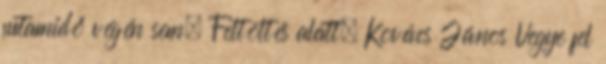
futamidő végén sem. Feltöltés alatt. Kovács János Vegye fel